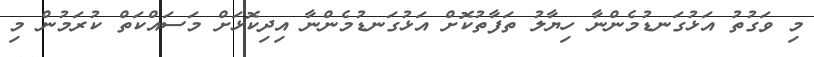
މި ވަގުތު އަޅުގަނޑުމެންނާ ހިޔާލު ތަފާތުކޮށް އަޅުގަނޑުމެންނާ އިދިކޮޅަށް މަސައްކަތް ކުރަމުން މި